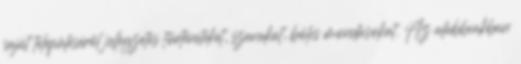
saját településérõl jellegzetes történeteket, szavakat, bölcs mondásokat. Az alábbiakban